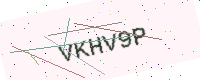
Text: VKHV9P